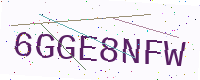
Text: 6GGE8NFW